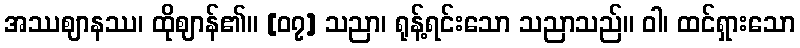
အဿဈာနဿ၊ ထိုဈာန်၏။ [၀၇] သညာ၊ ရုန့်ရင်းသော သညာသည်။ ဝါ၊ ထင်ရှားသော